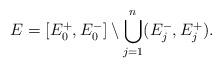
LaTeX: \begin{align*}E = [E_0^+,E_0^-] \setminus \bigcup_{j =1}^n (E_j^-, E_j^+).\end{align*}